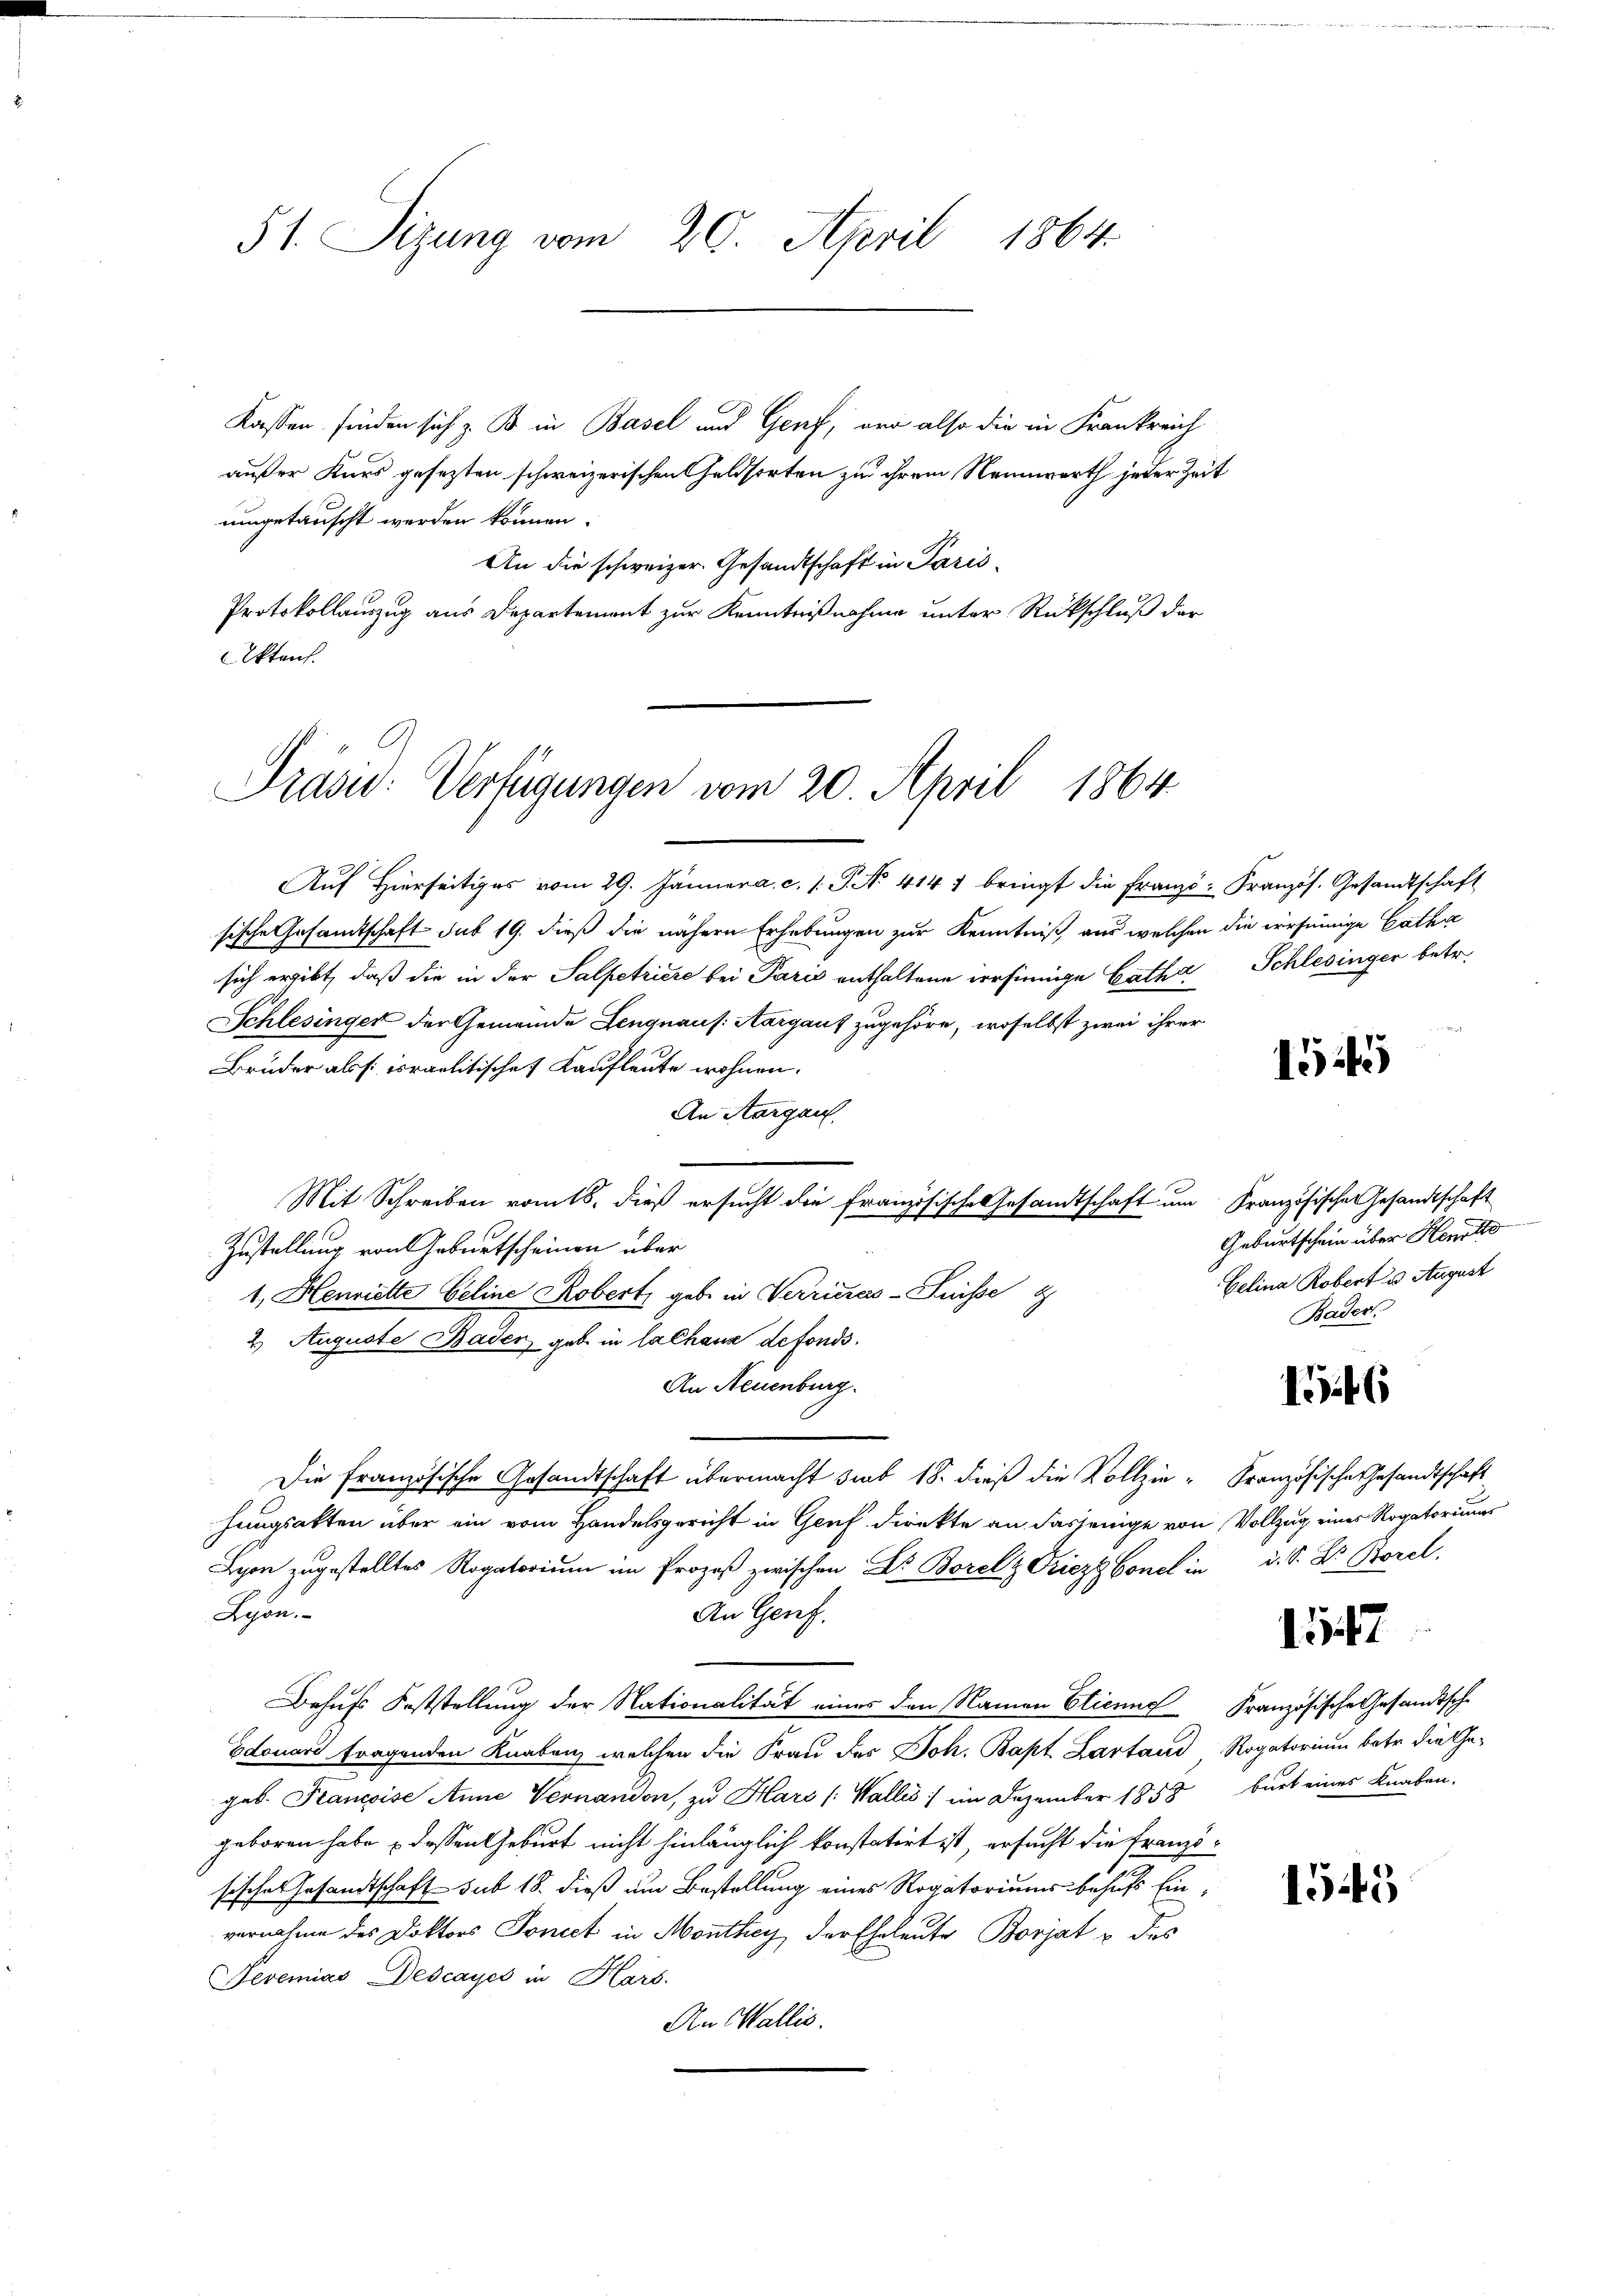
51. Sizung vom 20. April 1864.

Kassen finden sich z. B. in Basel und Genf, der also die in Frankreich
außer Kurs gesezten schweizerischen Geldsorten zu ihrem Nennwart jeder Zeit
umgetauscht werden können.
An die schweizer. Gesandtschaft in Paris¬
Protokollauszug aus Departement zur Kenntnißnahme unter Rückschluß der
Akten.

Präsid.: Verfügungen vom 20. April 1864

Auf Hierseitiges vom 29. Jänner a. c. l. J. No 414. bringt die Franzö-Französ. Gesandtschaft
sische Gesamtschaft sub 19. dieß die nähern Erhebungen zur Kenntniß aus welchen die irrseinige Catha
sich ergibt, daß die in der Salpetriere bei Paris enthaltene irrsinnige Catha Schlesinger betr.
Schlesinger der Gemeinde Lenquaus. Aargaus zugehöre, woselbst zwei ihrer
Bruder als f: israelitische Kaufleute wohnen.
An Aargau.
Mit Schreiben romts, dieß ersucht die französische Gesandtschaft um Französische Gesandtschaft
Zustellung von Geburtscheinen über
1. Henriette beline Robert gebe in Verriches-Puisse
2. Auguste Bader, geb. in lachanz defonds.
An Neuenburg.
Die Französische Gesandtschaft übermacht sieb 18. dieß die Vollzie-Französische Gesandtschaft
hungsakten über ein vom Handelsgericht in Genf direkte an dasjenige von Vollzug eines Rogatoriums
Lyon zugestelltes Rogatorium im Prozeß zwischen Dr Borelz Griezg Concl in d. S. Dr. Borel,
Lyon.
An Genf.
Behufs Feststellung der Nationalität eines den Namen Etienne
Edouard fragenden Knaben, welchen die Frau des Joh. Bapt Lartaud Rogatorium betr. die Ge-
geb. Francoise Anne Vernandon, zu Harz (Wallis :/ im Dezember 1858
geboren habe dessen Geburt nicht hinlänglich konstatirt ist, ersucht die Franzsisches Gesandtschaft sub 18. dieß um Bestellung eines Rogatoriums behufs Einvernahme des Doktors Tonict in Monthey, der Eheleute Borjat & des
Peremias Descayes in Kars.
An Wallis.

1545

Geburtschein über Heute
Gelina Robert u. August
Bades.

6

1547

Französische Gesandtsche
burt eines Knaben.

1545